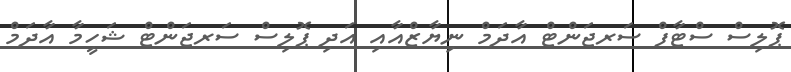
ޕޮލިސް ސްޓާފް ސަރޖަންޓް އާދަމް ނިޔާޒްއާއި އަދި ޕޮލިސް ސަރޖަންޓް ޝަހީމާ އާދަމް